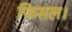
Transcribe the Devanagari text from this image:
फिसल।